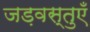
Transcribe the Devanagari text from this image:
जड़वस्तुएँ